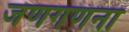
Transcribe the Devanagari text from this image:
जणगणना